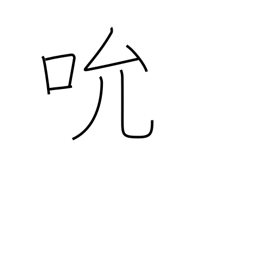
Meaning: suck